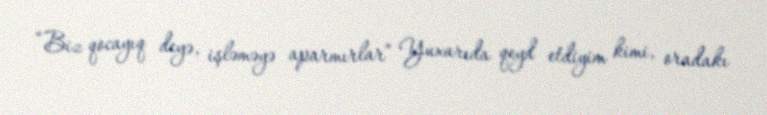
“Biz qocayıq deyə, işləməyə aparmırlar” Yuxarıda qeyd etdiyim kimi, oradakı